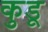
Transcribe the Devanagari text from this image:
कुडू